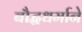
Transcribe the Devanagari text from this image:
बौद्धधर्माने